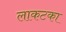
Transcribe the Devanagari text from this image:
लाकटका